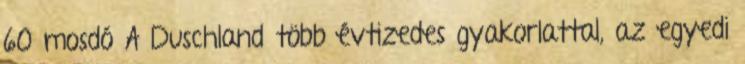
60 mosdó A Duschland több évtizedes gyakorlattal, az egyedi